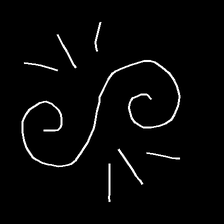
Glyph: wind-directs-air